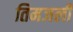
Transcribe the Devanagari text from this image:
तिमजली